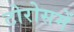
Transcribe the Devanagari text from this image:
टोरोसमें